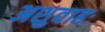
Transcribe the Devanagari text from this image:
अशुवाहः